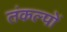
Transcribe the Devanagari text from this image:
तंकल्पों